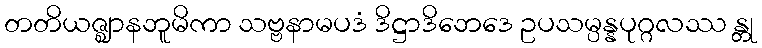
တတိယဇ္ဈာနဘူမိကာ သဗ္ဗနာမပဒံ ဒိဋ္ဌာဒိဘေဒေ ဥပသမ္ပန္နပုဂ္ဂလဿ န္တု